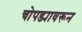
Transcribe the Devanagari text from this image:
चोपड्यावरून